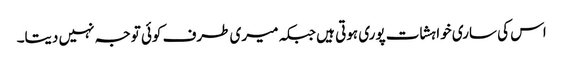
اس کی ساری خواہشات پوری ہوتی ہیں جبکہ میری طرف کوئی توجہ نہیں دیتا۔